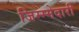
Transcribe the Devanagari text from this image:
जिम्म्मेदारी